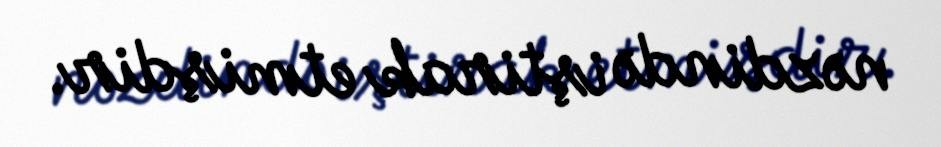
nəzdində iştirak etmişdir.